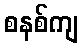
စနစ်ကျ